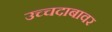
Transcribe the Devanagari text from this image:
उच्चदाबावर